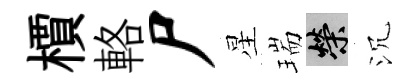
檟輅尸星瑞榮沉